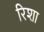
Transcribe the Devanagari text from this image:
रिशा